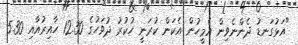
"އަޅުގަނޑު ދެންނެވިން އެމީހުން އެކަން ކުރަނީ ހުކުރު ދުވަހުގެ 12.30 ހާއިރުއާއި 5.30